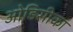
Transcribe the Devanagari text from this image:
ओड़िसीका